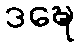
ဒဍ္ဎေ